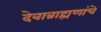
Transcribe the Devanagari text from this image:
देवाब्राह्मणांचे